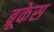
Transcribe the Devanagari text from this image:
ब्रूकेस